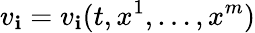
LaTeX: v_{\mathbf{i}}=v_{\mathbf{i}}(t,x^{1},\ldots,x^{m})